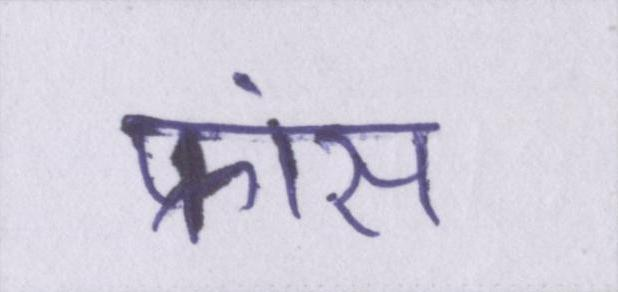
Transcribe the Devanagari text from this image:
फ्रांस